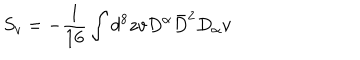
LaTeX: S _ { v } = - \frac { 1 } { 1 6 } \int d ^ { 8 } z v D ^ { \alpha } \bar { D } ^ { 2 } D _ { \alpha } v